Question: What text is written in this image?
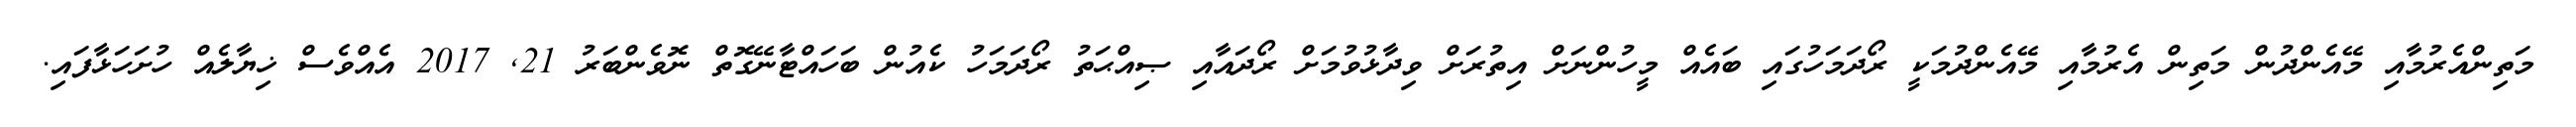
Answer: މަތިންއެރުމާއި މޭއެންދުން މަތިން އެރުމާއި މޭއެންދުމަކީ ރޯދަމަހުގައި ބައެއް މީހުންނަށް އިތުރަށް ވިދާޅުވުމަށް ރޯދައާއި ޞިއްޙަތު ރޯދަމަހު ކެއުން ބަހައްޓާނޭގޮތް ނޮވެންބަރު 21, 2017 އެއްވެސް ޚިޔާލެއް ހުށަހަޅާފައި.